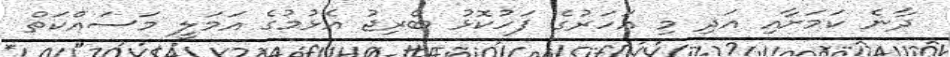
ދާނެ ކަމަށާއި އަދި މި އަހަރުގެ ފަހުކޮޅު ބްރިޖު އެޅުމުގެ އަމަލީ މަސައްކަތް